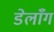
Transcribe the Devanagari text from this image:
डेलाँग